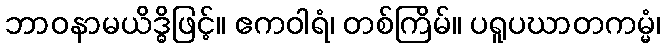
ဘာဝနာမယိဒ္ဓိဖြင့်။ ဧကဝါရံ၊ တစ်ကြိမ်။ ပရူပဃာတကမ္မံ၊